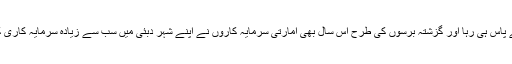
تاہم سب سے زیادہ سرمایہ کاری کا اعزاز متحدہ عرب امارات کے پاس ہی رہا اور گزشتہ برسوں کی طرح اس سال بھی امارتی سرمایہ کاروں نے اپنے شہر دبئی میں سب سے زیادہ سرمایہ کاری کرتے ہوئے 34.4 ارب درہم کی پراپرٹی کی خرید و فروخت کیں۔